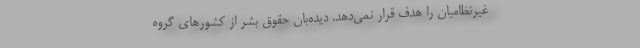
غیرنظامیان را هدف قرار نمی‌دهد. دیده‌بان حقوق بشر از کشورهای گروه